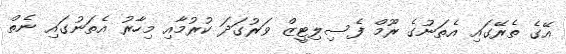
އޭގެ ތެރޭގައި އެތަނުގެ ރޫމް ފެސިލިޓީޒް ވަރުގަދަ ކުރުމާއި މިހާރު އެތަނުގައި ނެތް